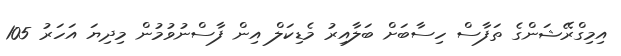
އިމިގްރޭޝަންގެ ތަފާސް ހިސާބަށް ބަލާއިރު މެޑިކަލް އިން ފާސްނުވުމުން މިދިޔަ އަހަރު 105